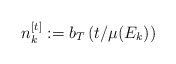
\begin{align*}n_{k}^{[t]}:=b_{T}\left( t/\mu(E_{k})\right) \end{align*}